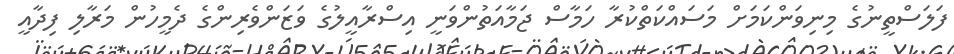
ފަލަސްތީނުގެ މިނިވަންކަމަށް މަސައްކަތްކުރާ ހަމާސް ޖަމާއަތުންވަނީ އިސްރާއީލުގެ ވަޒަންވެރިންގެ ދެމީހުން މަރާލި ފިދާއީ